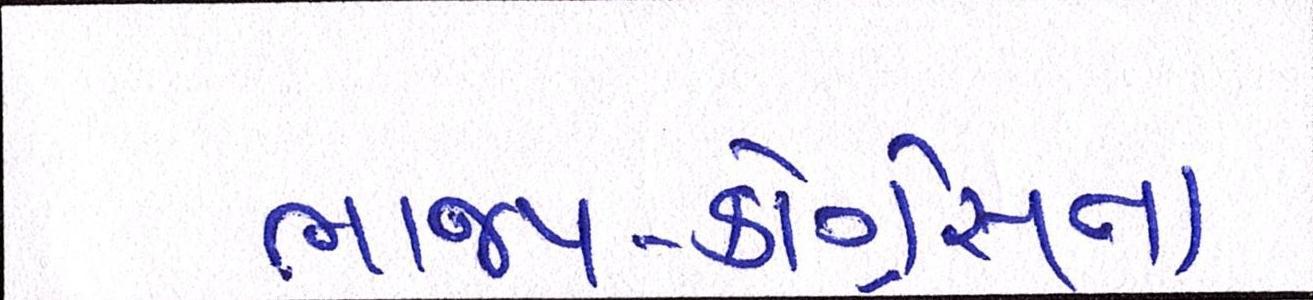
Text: ભાજપ-કોંગ્રેસના